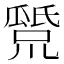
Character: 𤬕